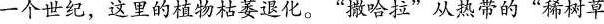
一个世纪，这里的植物枯萎退化。”撒哈拉”从热带的”稀树草